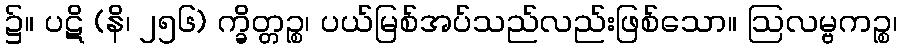
၌။ ပဋိ (နိ၊ ၂၅၆) က္ခိတ္တဉ္စ၊ ပယ်မြစ်အပ်သည်လည်းဖြစ်သော။ ဩလမ္ဗကဉ္စ၊